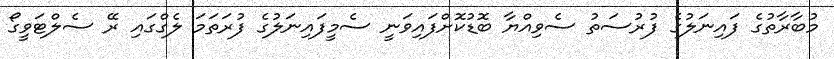
މުބާރާތުގެ ފައިނަލުގެ ފުރުސަތު ސެވިއްޔާ ބޮޑުކޮށްފައިވަނީ ސެމީފައިނަލުގެ ފުރަތަމަ ލެގްގައި ރޭ ސެލްޓަވީގޯ